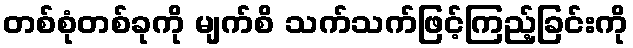
တစ်စုံတစ်ခုကို မျက်စိ သက်သက်ဖြင့်ကြည့်ခြင်းကို